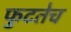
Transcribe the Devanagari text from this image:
फुटतेच